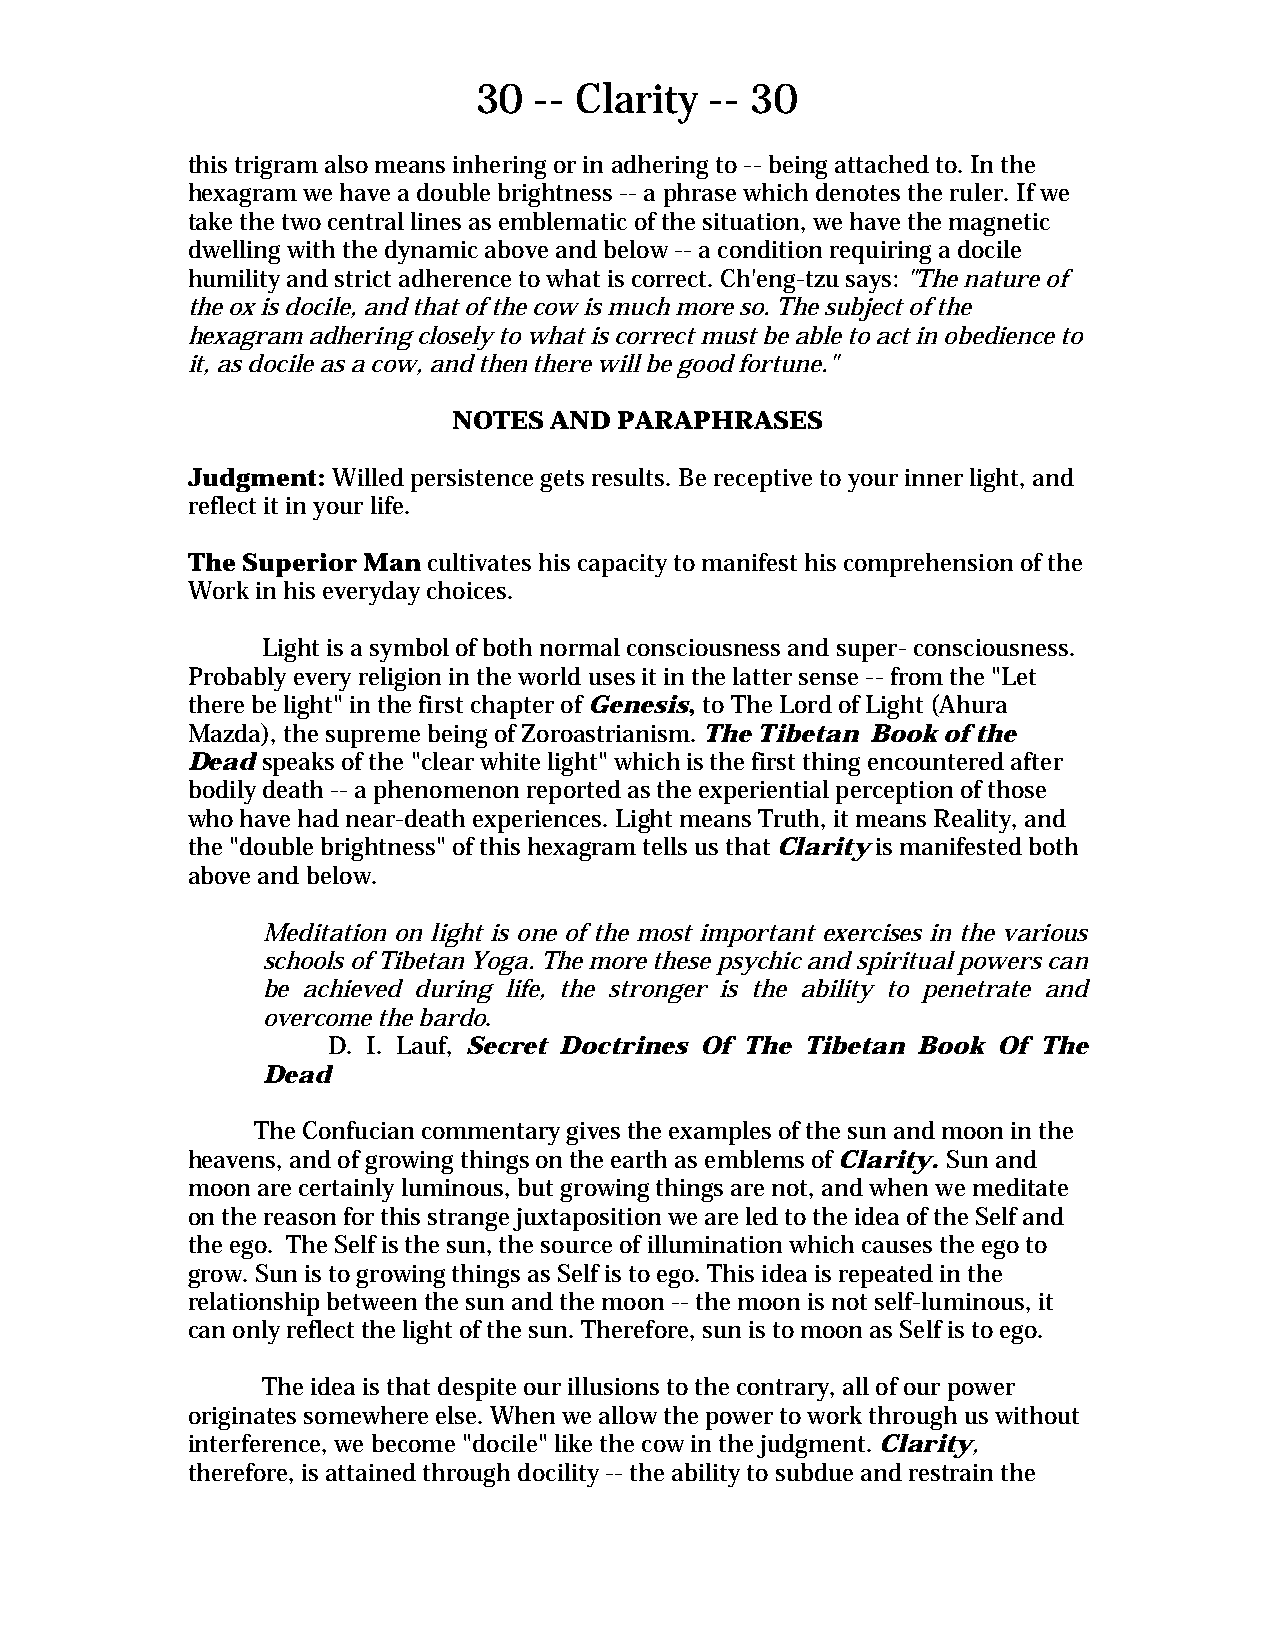
30  -- Clarity  -- 30
 this trigram also means inhering or in adhering to -- being attached to. In the
 hexagram we have a double brightness -- a phrase which denotes the ruler. If we
 take the two central lines as emblematic of the situation, we have the magnetic
 dwelling with the dynamic above and below -- a condition requiring a docile
 humility and strict adherence to what is correct. Ch'eng-tzu says: "The nature of
 the ox is docile, and that of the cow is much more so. The subject of the
 hexagram adhering closely to what is correct must be able to act in obedience to
 it, as docile as a cow, and then there will be good fortune."
 NOTES AND  PARAPHRASES
 Judgment: Willed persistence gets results. Be receptive to your inner light, and
 reflect it in your life.
 The Superior Man cultivates his capacity to manifest his comprehension of the
 Work in his everyday choices.
 Light is a symbol of both normal consciousness and super- consciousness.
 Probably every religion in the world uses it in the latter sense -- from the "Let
 there be light" in the first chapter of Genesis, to The Lord of Light (Ahura
 Mazda), the supreme being of Zoroastrianism. The Tibetan Book of the
 Dead speaks of the "clear white light" which is the first thing encountered after
 bodily death -- a phenomenon reported as the experiential perception of those
 who have had near-death experiences. Light means Truth, it means Reality, and
 the "double brightness" of this hexagram tells us that Clarity is manifested both
 above and below.
 Meditation on light is one of the most important exercises in the various
 schools of Tibetan Yoga. The more these psychic and spiritual powers can
 be achieved during life, the stronger is the ability to penetrate and
 overcome the bardo.
 D. I. Lauf, Secret Doctrines Of The Tibetan Book Of The
 Dead
 The Confucian commentary gives the examples of the sun and moon in the
 heavens, and of growing things on the earth as emblems of Clarity. Sun and
 moon are certainly luminous, but growing things are not, and when we meditate
 on the reason for this strange juxtaposition we are led to the idea of the Self and
 the ego. The Self is the sun, the source of illumination which causes the ego to
 grow. Sun is to growing things as Self is to ego. This idea is repeated in the
 relationship between the sun and the moon -- the moon is not self-luminous, it
 can only reflect the light of the sun. Therefore, sun is to moon as Self is to ego.
 The idea is that despite our illusions to the contrary, all of our power
 originates somewhere else. When we allow the power to work through us without
 interference, we become "docile" like the cow in the judgment. Clarity,
 therefore, is attained through docility -- the ability to subdue and restrain the